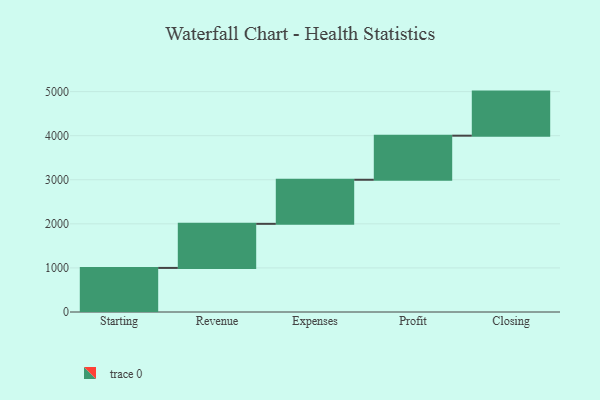
{"axis": {"x": "Step", "y": "Value"}, "legend": [""], "data": [{"x": "Starting", "y": 1000, "type": ""}, {"x": "Revenue", "y": 1000, "type": ""}, {"x": "Expenses", "y": 1000, "type": ""}, {"x": "Profit", "y": 1000, "type": ""}, {"x": "Closing", "y": 1000, "type": ""}]}